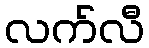
လက်လီ